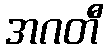
အဂတီ